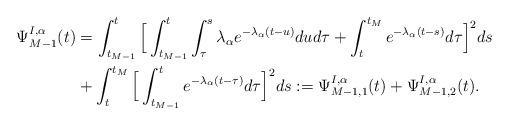
LaTeX: \begin{align*}\Psi_{M-1}^{I,\alpha}(t)&=\int_{t_{M-1}}^t \Big[\int_{t_{M-1}}^t\int_\tau^s \lambda_\alpha e^{-\lambda_\alpha(t-u)}dud\tau+\int_t^{t_M}e^{-\lambda_\alpha(t-s)} d\tau\Big]^2ds \\&+ \int_t^{t_M} \Big[\int_{t_{M-1}}^t e^{-\lambda_\alpha(t-\tau)}d\tau \Big]^2ds :=\Psi_{M-1,1}^{I,\alpha}(t)+\Psi_{M-1,2}^{I,\alpha}(t).\end{align*}